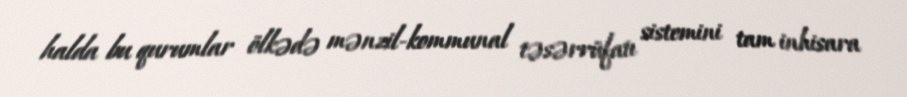
halda bu qurumlar ölkədə mənzil-kommunal təsərrüfatı sistemini tam inhisara